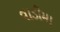
વાડીમા